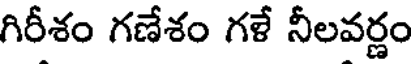
గిరీశం గణేశం గళే నీలవర్ణం